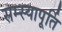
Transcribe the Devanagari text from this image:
सम्स्यापूर्ति